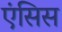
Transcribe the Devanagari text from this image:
एंसिस